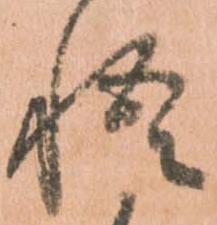
悟